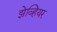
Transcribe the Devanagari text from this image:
झेव्हियर